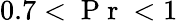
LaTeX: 0.7<\mathrm{~P~r~}<1